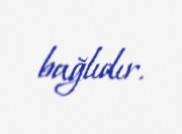
bağlıdır.